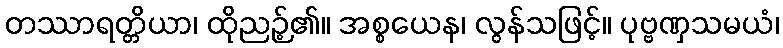
တဿာရတ္တိယာ၊ ထိုညဉ့်၏။ အစ္စယေန၊ လွန်သဖြင့်။ ပုဗ္ဗဏှသမယံ၊